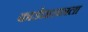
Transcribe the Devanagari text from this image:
कार्डधारकाला